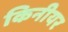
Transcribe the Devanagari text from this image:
किनीयर